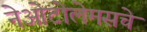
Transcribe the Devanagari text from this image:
नेओटोलेमसचे